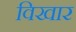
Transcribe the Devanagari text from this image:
विखार